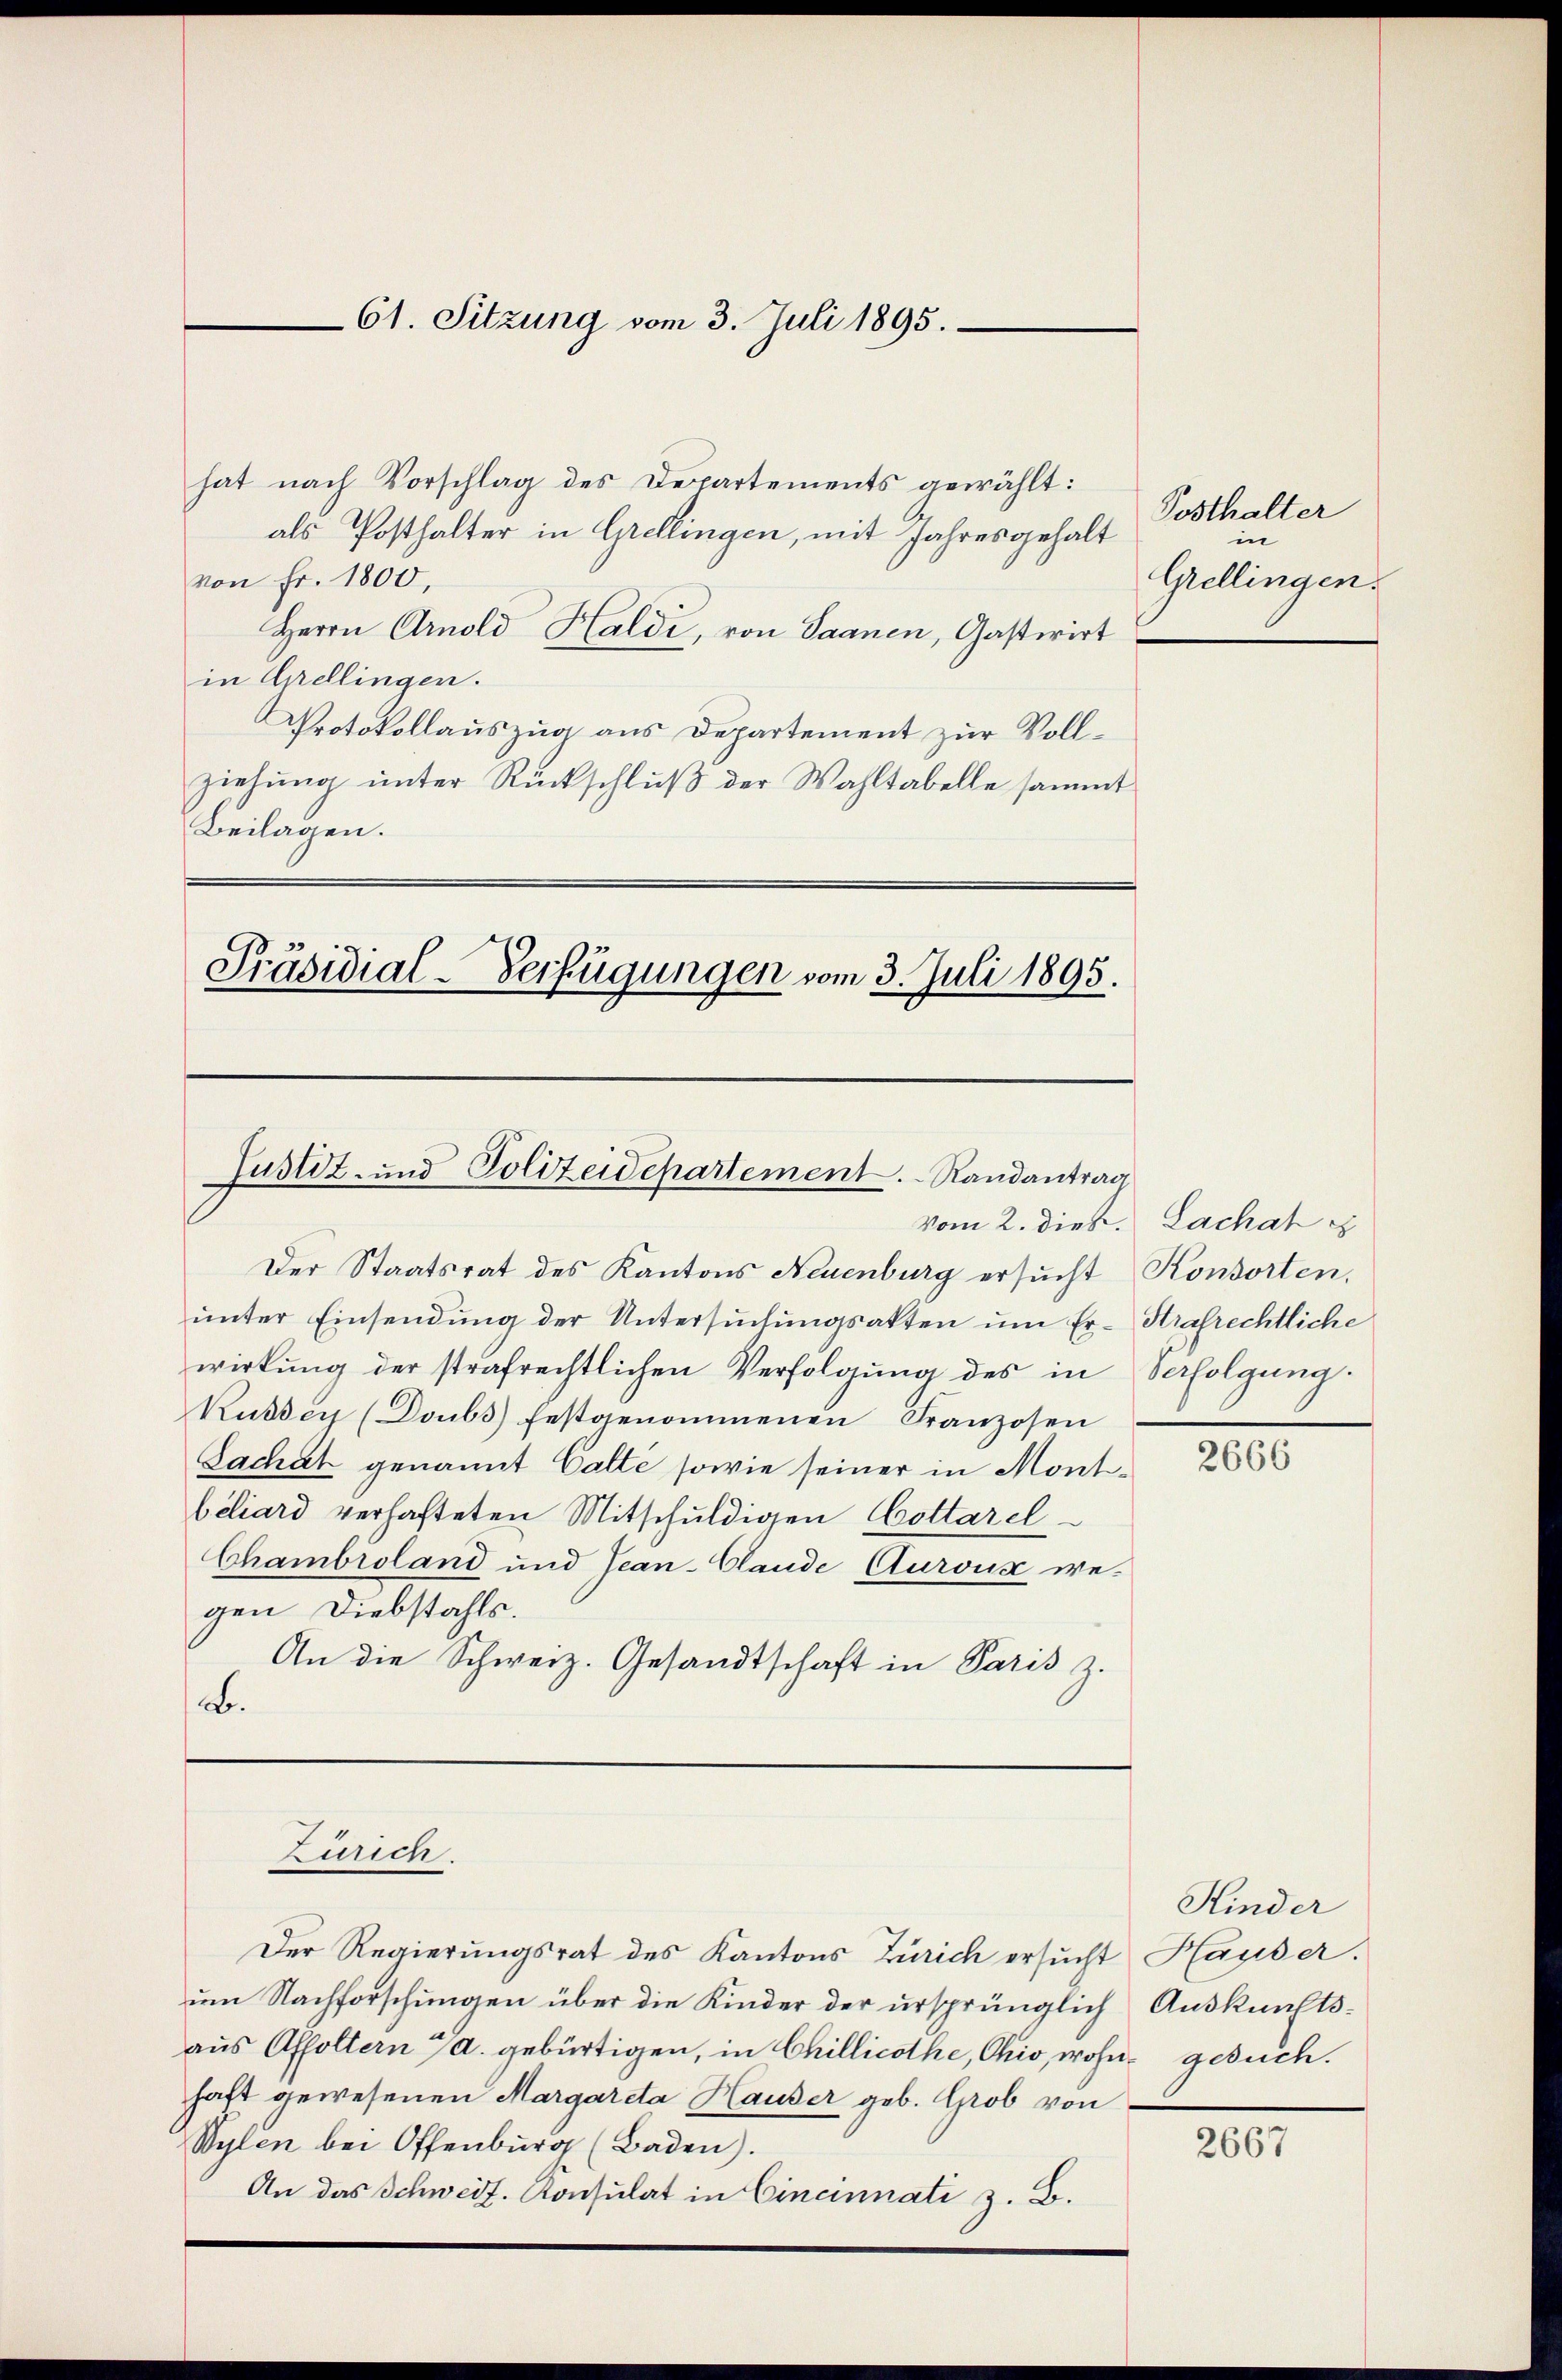
61. Sitzung vom 3. Juli 1895.

hat nach Vorschlag des Departements gewählt:
als Posthalter in Grellingen, mit Jahresgehalt
von fr. 1800,
Herrn Arnold Haldi, von Saanen, Gastwirt
in Grellingen.
Protokollauszug aus Departement zur Vollziehung unter Rückschluß der Wahltabelle sammt
Beilagen.

Präsidial-Verfügungen vom 3. Juli 1895.

Justiz- und Polizeidepartement. Randantrag

vom 2. dieß.
Der Staatsrat des Kantons Neuenburg ersucht Konsorten,
unter Einsendung der Untersŭchŭngsakten um Er- Strafrechtliche
wirkung der strafrechtlichen Verfolgung des in Verfolgung.
Kusser (Doubs festgenommenen Franzosen
Sachet genannt Catte sowie seiner in Montbiliard verhafteten Mitschuldigen Cottarel
Chambroland und Jean-Clande Auroux wegen Diebstahls.
An die Schweiz. Gesandtschaft in Paris z.
B.

Zürich.

Der Regierungsrat des Kantons Zürich ersucht Hauser.
um Nachforschungen über die Kinder der ursprünglich Auskunftsaus Affoltern a. gebürtigen, in Chillicothe, Chio, wohne gesuch.
haft gewesenen Margareta Hauser geb. Grob von
Wylen bei Offenbŭrg (Baden).
An das Schweiz. Konsulat in Cincinnati z. B.

Posthalter
in
Grellingen.

Lachah e

2666

Kinder

2667